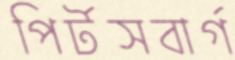
পির্টসবার্গ